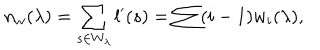
LaTeX: n _ { w } ( \lambda ) = \sum _ { s \in W _ { \lambda } } l ^ { \prime } ( s ) = \sum ( i - 1 ) w _ { i } ( \lambda ) ,